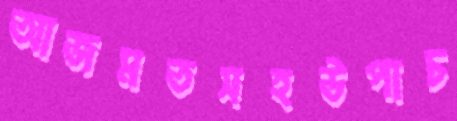
আজমতসহউপাচ